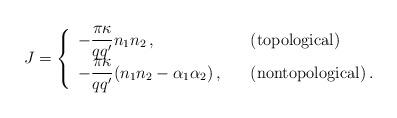
LaTeX: \begin{align*}J=\left\{\begin{array}{ll}{\displaystyle -\frac{\pi\kappa}{qq'}n_1n_2\,,}&\mbox{(topological)}\\ {\displaystyle -\frac{\pi\kappa}{qq'}(n_1n_2-\alpha_1\alpha_2)\,,}\ \ \ & \mbox{(nontopological)}\,. \end{array} \right.\end{align*}